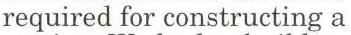
required for constructing a